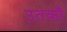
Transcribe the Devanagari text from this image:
उतकौ